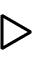
\triangleright